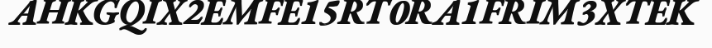
AHKGQIX2EMFE15RT0RA1FRIM3XTEK